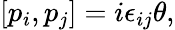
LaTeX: \left[p_{i},p_{j}\right]=i\epsilon_{ij}\theta,